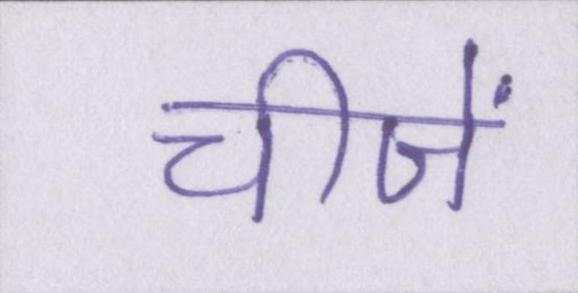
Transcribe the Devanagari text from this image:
चीजें